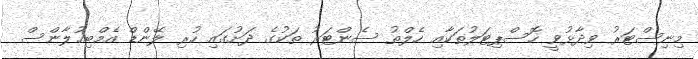
މިނިސްޓަރު ވިދާޅުވީ ހޮސްޕިޓަލުތަކާއި ހެލްތު ސެންޓަރު ތަކުގެ ދަށުގައި ހުރި ލޭންޑް އެމްބިއުލާންސް